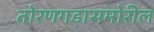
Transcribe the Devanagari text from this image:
तोरणगडासमोरील